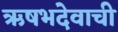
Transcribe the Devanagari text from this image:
ऋषभदेवाची